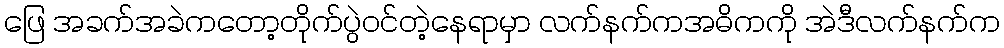
ဖြေ အခက်အခဲကတော့တိုက်ပွဲဝင်တဲ့နေရာမှာ လက်နက်ကအဓိကကို အဲဒီလက်နက်က